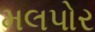
મલપોર